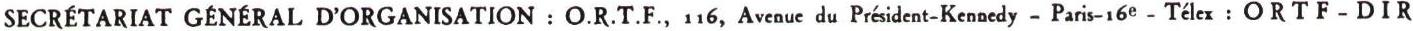
SECRÉTARIAT GÉNÉRAL D'ORGANISATION : O.R.T.F., 116, Avenue du Président-Kennedy - Paris-16e - Télex : ORTF-DIR